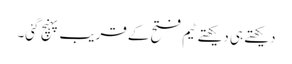
دیکھتے ہی دیکھتے ٹیم فتح کے قریب پہنچ گئی۔